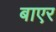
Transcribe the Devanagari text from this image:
बाएर